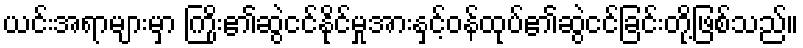
ယင်းအရာများမှာ ကြိုး၏ဆွဲငင်နိုင်မှုအားနှင့်ဝန်ထုပ်၏ဆွဲငင်ခြင်းတို့ဖြစ်သည်။